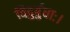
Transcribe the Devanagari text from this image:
विदुर्बुधाः।